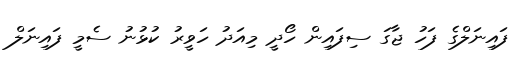
ފައިނަލްގެ ފަހު ޖާގަ ސިފައިން ހޯދީ މިއަދު ހަވީރު ކުޅުނު ސެމީ ފައިނަލް